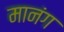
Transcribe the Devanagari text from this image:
मानंग